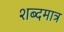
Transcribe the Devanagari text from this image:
शब्दमात्र